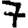
Digit: 7